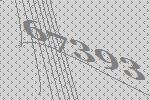
67393